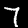
Label: 7